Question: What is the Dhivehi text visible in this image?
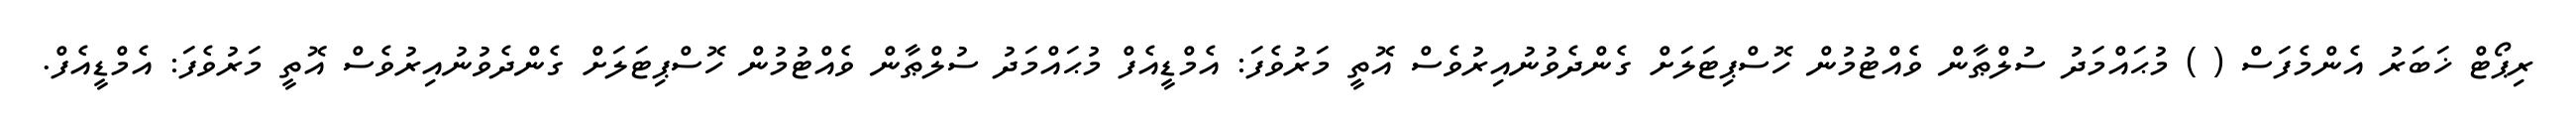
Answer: ރިޕޯޓް ޚަބަރު އެންމެފަސް ( ) މުޙައްމަދު ސުލްޠާން ވެއްޓުމުން ހޮސްޕިޓަލަށް ގެންދެވުނުއިރުވެސް އޮތީ މަރުވެފަ: އެމްޑީއެފް މުޙައްމަދު ސުލްޠާން ވެއްޓުމުން ހޮސްޕިޓަލަށް ގެންދެވުނުއިރުވެސް އޮތީ މަރުވެފަ: އެމްޑީއެފް.